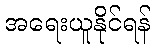
အရေးယူနိုင်ရန်